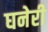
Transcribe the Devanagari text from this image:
घनेरी